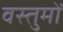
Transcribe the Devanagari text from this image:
वस्तुमों